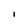
Character: I